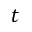
t